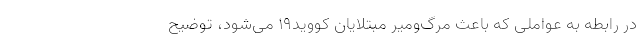
در رابطه به عواملی که باعث مرگ‌ومیر مبتلایان کووید۱۹ می‌شود، توضیح